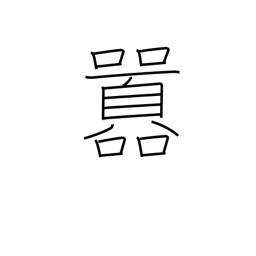
Meaning: noisy